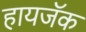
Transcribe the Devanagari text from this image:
हायजॅक